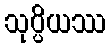
သုပ္ပိယဿ